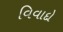
વિવાદો